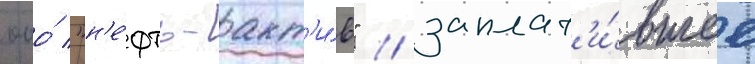
ооо́ "н'е́фть-акт'и́в" / заплат'и́вшее